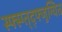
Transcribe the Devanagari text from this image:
स्फ्स्ग्त्द्फ्जुग्यित